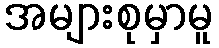
အများစုမှာမူ